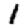
Digit: 1